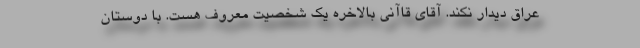
عراق دیدار نکند. آقای قاآنی بالاخره یک شخصیت معروف هست. با دوستان